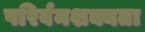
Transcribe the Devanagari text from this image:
परिर्वनशक्यता